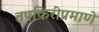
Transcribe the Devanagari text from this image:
तपकिरीप्रमाणे